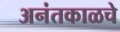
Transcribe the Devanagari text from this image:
अनंतकाळचे